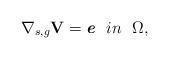
LaTeX: \begin{align*}\nabla_{s,g} \textbf{V}=\textit{\textbf{e}}\ \ {in}\ \ \Omega,\end{align*}